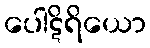
ပေါဋိရိယော